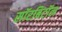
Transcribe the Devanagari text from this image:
सॉरबिटॉल